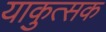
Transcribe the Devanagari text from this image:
याकुत्सक